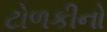
ટોળકીનો